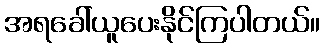
အရခေါ်ယူပေးနိုင်ကြပါတယ်။